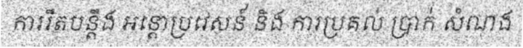
ការរឹតបន្តឹង អន្តោប្រវេសន៍ និង ការប្រគល់ ប្រាក់ សំណង